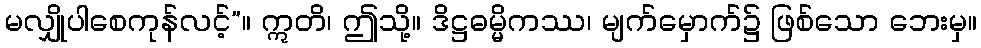
မလျှိုပါစေကုန်လင့်”။ ဣတိ၊ ဤသို့။ ဒိဋ္ဌဓမ္မိကဿ၊ မျက်မှောက်၌ ဖြစ်သော ဘေးမှ။